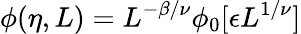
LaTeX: \phi(\eta,L)=L^{-\beta/\nu}\phi_{0}[\epsilon L^{1/\nu}]